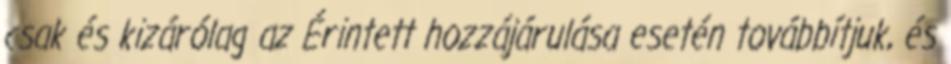
csak és kizárólag az Érintett hozzájárulása esetén továbbítjuk, és